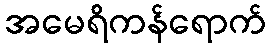
အမေရိကန်ရောက်